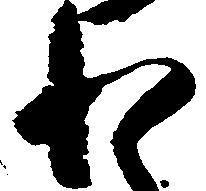
わ